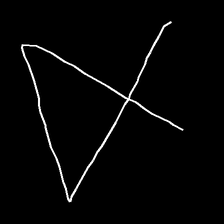
Glyph: collection